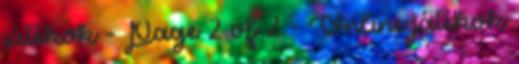
játékok - Page 2 of 2 - Online játékok